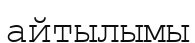
айтылымы